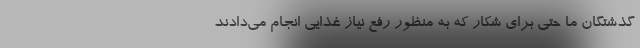
گذشتگان ما حتی برای شکار که به منظور رفع نیاز غذایی انجام می‌دادند